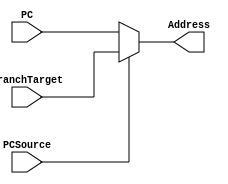
`timescale 1ns / 1ps

module Multiplexer
	 #(
    //parameters
	 parameter NO_of_mux_inputs = 32	//defult 32 bit multiplexer
	 )
	 (
	 //ports declaration 
	 input [NO_of_mux_inputs-1:0] PC,
	 input [NO_of_mux_inputs-1:0] BranchTarget,
	 input PCSource,
	 output reg[NO_of_mux_inputs-1:0] Address
	 );
	 
	 
	
	 always@(PC,BranchTarget,PCSource) begin
		if(PCSource == 0)begin
			Address = PC;
		end
		else begin
			Address = BranchTarget;
		end
		//$display("BranchTarget in mux = %b",BranchTarget);
		//$display("address in mux = %b",Address);

	 end


endmodule